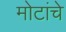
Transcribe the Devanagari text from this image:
मोटांचे